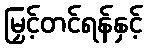
မြှင့်တင်ရန်နှင့်